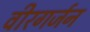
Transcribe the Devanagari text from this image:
वीरगर्जन